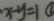
x - y = 1 0